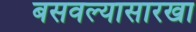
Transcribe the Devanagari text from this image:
बसवल्यासारखा